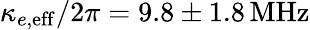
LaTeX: \kappa_{e,{\mathrm{eff}}}/2\pi=9.8\pm 1.8\, \mathrm{MHz}